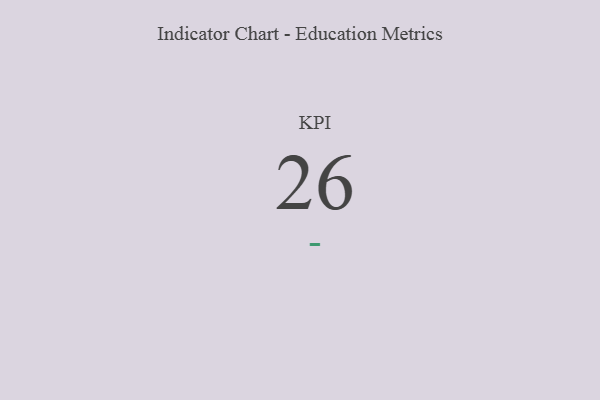
{"axis": {"x": "KPI", "y": "Value"}, "legend": [""], "data": [{"x": "KPI", "y": 26, "type": ""}]}